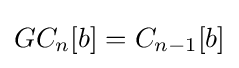
GC_{n}[b]=C_{n-1}[b]